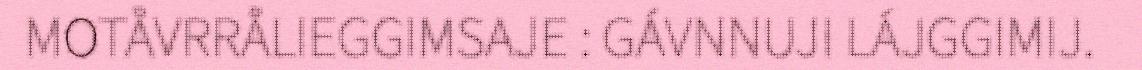
MOTÅVRRÅLIEGGIMSAJE : GÁVNNUJI LÁJGGIMIJ.